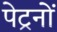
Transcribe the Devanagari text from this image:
पेट्रनों